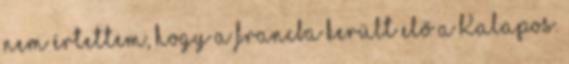
nem értettem, hogy a francba került elő a Kalapos.